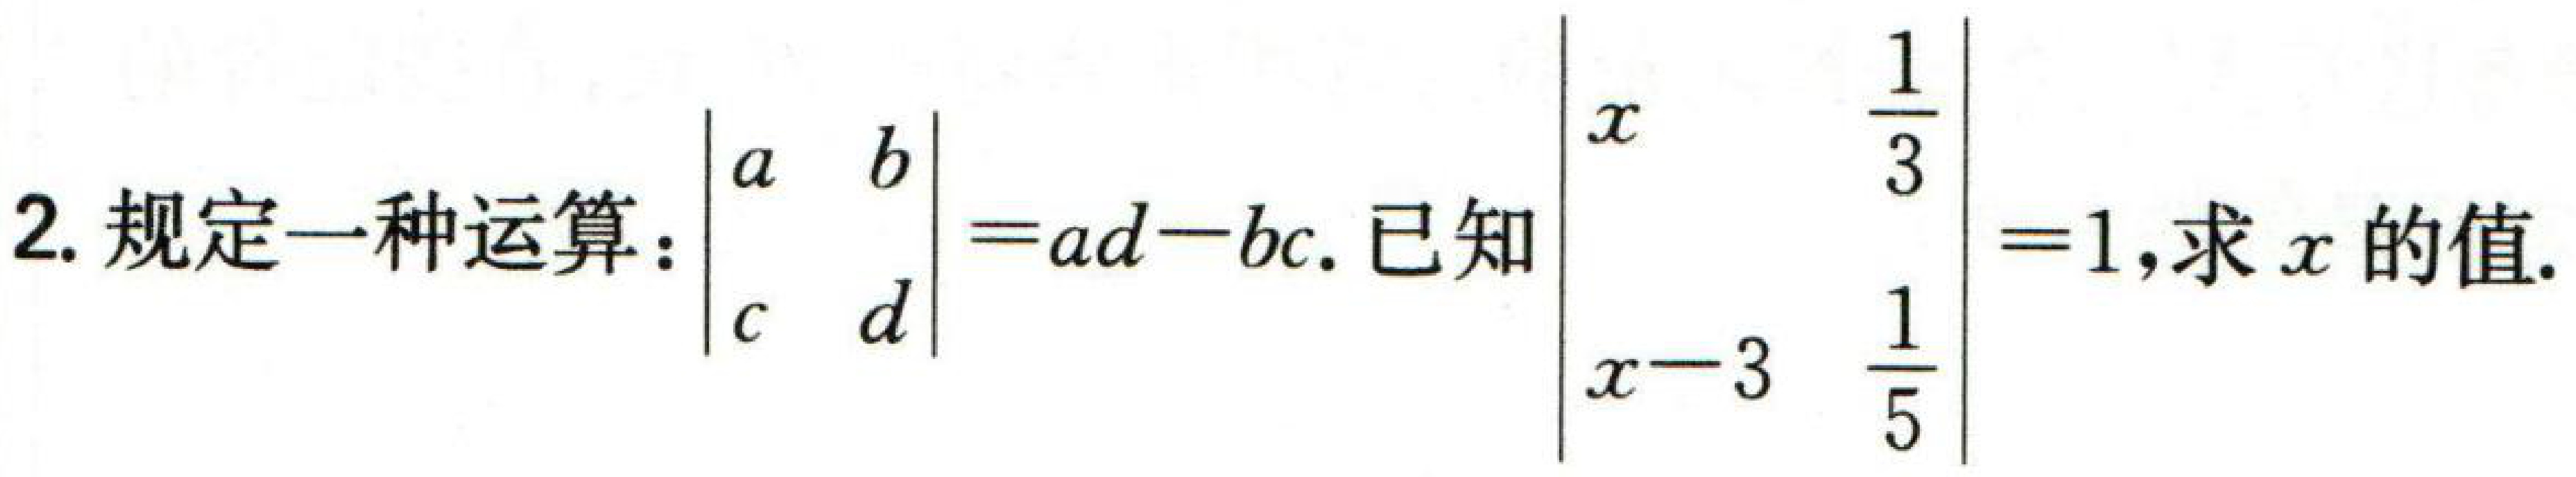
2. 规定一种运算：\(\begin{vmatrix}a&b\\c&d\end{vmatrix}=ad - bc\). 已知\(\begin{vmatrix}x&\frac{1}{3}\\x - 3&\frac{1}{5}\end{vmatrix}=1\)，求\(x\)的值.